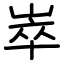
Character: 崒